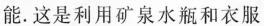
能.这是利用矿泉水瓶和衣服